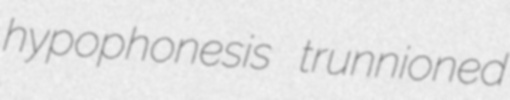
hypophonesis trunnioned